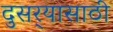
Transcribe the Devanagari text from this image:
दुसर्‍यासाठी